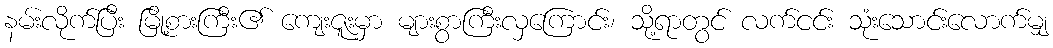
နမ်းလိုက်ပြီး မြို့စားကြီး၏ ကျေးဇူးမှာ များစွာကြီးလှကြောင်း၊ သို့ရာတွင် လက်ငင်း သုံးသောင်းလောက်မျှ